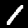
Digit: 1